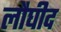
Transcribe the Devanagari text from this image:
लौघीद